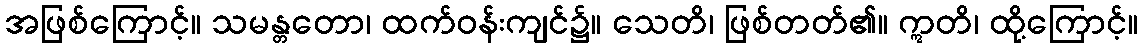
အဖြစ်ကြောင့်။ သမန္တတော၊ ထက်ဝန်းကျင်၌။ သေတိ၊ ဖြစ်တတ်၏။ ဣတိ၊ ထို့ကြောင့်။